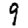
Digit: 9